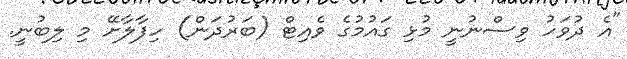
"އެ ދުވަހު ވިސްނުނީ މުޅި ގައުމުގެ ވެއިޓް (ބަރުދަން) ހިފާލާށޭ މި ލިބުނީ.